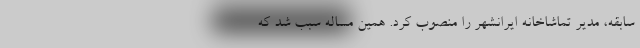
سابقه، مدیر تماشاخانه ایرانشهر را منصوب کرد. همین مساله سبب شد که